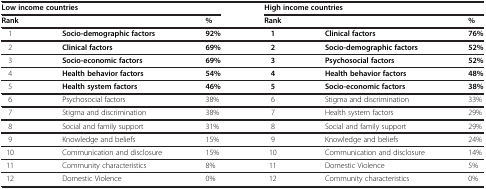
| <COLSPAN=3> Low income countries | <COLSPAN=3> High income countries |
 | Rank |  | % | Rank |  | % |
 | --- | --- | --- | --- | --- | --- |
 | 1 | Socio-demographic factors | 92% | 1 | Clinical factors | 76% |
 | 2 | Clinical factors | 69% | 2 | Socio-demographic factors | 52% |
 | 3 | Socio-economic factors | 69% | 3 | Psychosocial factors | 52% |
 | 4 | Health behavior factors | 54% | 4 | Health behavior factors | 48% |
 | 5 | Health system factors | 46% | 5 | Socio-economic factors | 38% |
 | 6 | Psychosocial factors | 38% | 6 | Stigma and discrimination | 33% |
 | 7 | Stigma and discrimination | 38% | 7 | Health system factors | 29% |
 | 8 | Social and family support | 31% | 8 | Social and family support | 29% |
 | 9 | Knowledge and beliefs | 15% | 9 | Knowledge and beliefs | 24% |
 | 10 | Communication and disclosure | 15% | 10 | Communication and disclosure | 14% |
 | 11 | Community characteristics | 8% | 11 | Domestic Violence | 5% |
 | 12 | Domestic Violence | 0% | 12 | Community characteristics | 0% |